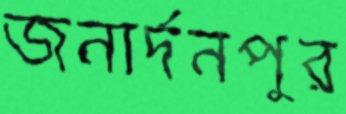
জনার্দনপুর